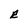
Character: R